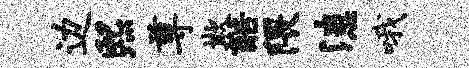
边熙尊欺酷隈漶哦